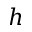
h